Vaccination United Provinces of Agra and Oudh 1923-1928 - 1923-1928
Year: 1923
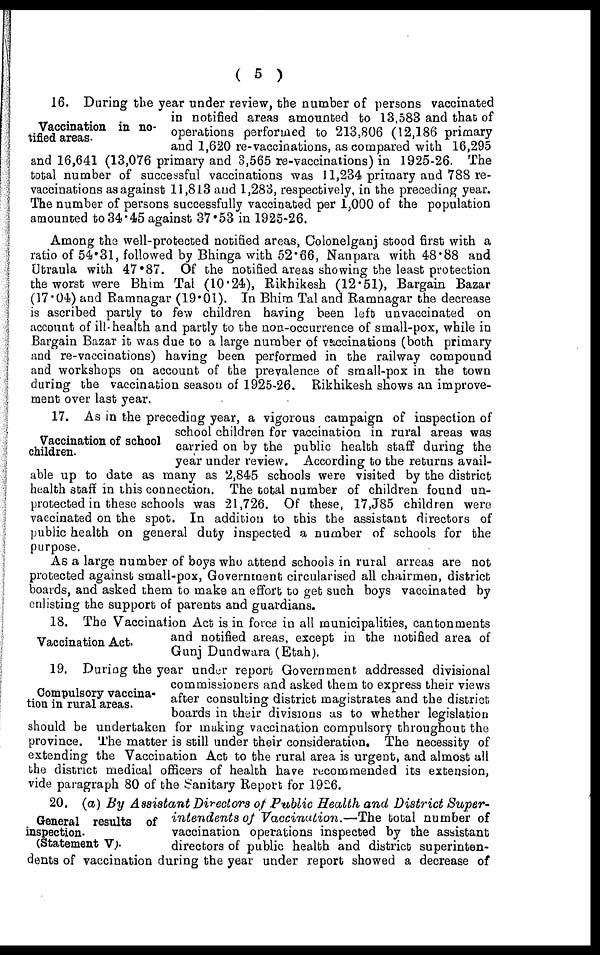
( 5 )
Vaccination in no-
tified areas.
16. During the year under review, the number of persons vaccinated
in notified areas amounted to 13,583 and that of
operations performed to 213,806 (12,186 primary
and 1,620 re-vaccinations, as compared with 16,295
and 16,641 (13,076 primary and 3,565 re-vaccinations) in 1925-26. The
total number of successful vaccinations was 11,234 primary and 788 re-
vaccinations as against 11,813 and 1,283, respectively, in the preceding year.
The number of persons successfully vaccinated per 1,000 of the population
amounted to 34.45 against 37.53 in 1925-26.
Among the well-protected notified areas, Colonelganj stood first with a
ratio of 54.31, followed by Bhinga with 52.66, Nanpara with 48.88 and
Utraula with 47.87. Of the notified areas showing the least protection
the worst were Bhim Tal (10.24), Rikhikesh (12.51), Bargain Bazar
(17.04) and Ramnagar (19.01). In Bhim Tal and Ramnagar the decrease
is ascribed partly to few children having been left unvaccinated on
account of ill-health and partly to the non-occurrence of small-pox, while in
Bargain Bazar it was due to a large number of vaccinations (both primary
and re-vaccinations) having been performed in the railway compound
and workshops on account of the prevalence of small-pox in the town
during the vaccination season of 1925-26. Rikhikesh shows an improve-
ment over last year.
Vaccination of school
children.
17. As in the preceding year, a vigorous campaign of inspection of
school children for vaccination in rural areas was
carried on by the public health staff during the
year under review. According to the returns avail-
able up to date as many as 2,845 schools were visited by the district
health staff in this connection. The total number of children found un-
protected in these schools was 21,726. Of these, 17,J85 children were
vaccinated on the spot. In addition to this the assistant directors of
public health on general duty inspected a number of schools for the
purpose.
As a large number of boys who attend schools in rural arreas are not
protected against small-pox, Government circularised all chairmen, district
boards, and asked them to make an effort to get such boys vaccinated by
enlisting the support of parents and guardians.
Vaccination Act.
18. The Vaccination Act is in force in all municipalities, cantonments
and notified areas, except in the notified area of
Gunj Dundwara (Etah).
Compulsory vaccina-
tion in rural areas.
19. During the year under report Government addressed divisional
commissioners and asked them to express their views
after consulting district magistrates and the district
boards in their divisions as to whether legislation
should be undertaken for making vaccination compulsory throughout the
province. The matter is still under their consideration. The necessity of
extending the Vaccination Act to the rural area is urgent, and almost all
the district medical officers of health have recommended its extension,
vide paragraph 80 of the Sanitary Report for 1926.
General results of
inspection.
(Statement V).
20. (a) By Assistant Directors of Public Health and District Super-
intendents of Vaccination.—The
total number of
vaccination operations inspected by the assistant
directors of public health and district superinten-
dents of vaccination during the year under report showed a decrease of